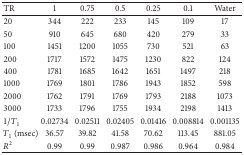
<table><thead><tr><td><b>TR</b></td><td><b>1</b></td><td><b>0.75</b></td><td><b>0.5</b></td><td><b>0.25</b></td><td><b>0.1</b></td><td><b>Water</b></td></tr></thead><tbody><tr><td>20</td><td>344</td><td>222</td><td>233</td><td>145</td><td>109</td><td>17</td></tr><tr><td>50</td><td>910</td><td>645</td><td>680</td><td>420</td><td>279</td><td>33</td></tr><tr><td>100</td><td>1451</td><td>1200</td><td>1055</td><td>730</td><td>521</td><td>63</td></tr><tr><td>200</td><td>1717</td><td>1572</td><td>1475</td><td>1230</td><td>822</td><td>124</td></tr><tr><td>400</td><td>1781</td><td>1685</td><td>1642</td><td>1651</td><td>1497</td><td>218</td></tr><tr><td>1000</td><td>1769</td><td>1801</td><td>1786</td><td>1943</td><td>1852</td><td>598</td></tr><tr><td>2000</td><td>1762</td><td>1791</td><td>1769</td><td>1793</td><td>2188</td><td>1073</td></tr><tr><td>3000</td><td>1733</td><td>1796</td><td>1755</td><td>1934</td><td>2198</td><td>1413</td></tr><tr><td>1/<i>T</i><sub>1</sub></td><td>0.02734</td><td>0.02511</td><td>0.02405</td><td>0.01416</td><td>0.008814</td><td>0.001135</td></tr><tr><td><i>T</i><sub>1</sub> (msec)</td><td>36.57</td><td>39.82</td><td>41.58</td><td>70.62</td><td>113.45</td><td>881.05</td></tr><tr><td><i>R</i><sup>2</sup></td><td>0.99</td><td>0.99</td><td>0.987</td><td>0.986</td><td>0.964</td><td>0.984</td></tr></tbody></table>